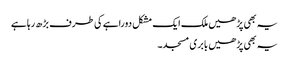
یہ بھی پڑھیں ملک ایک مشکل دوراہے کی طرف بڑھ رہا ہے
یہ بھی پڑھیں بابری مسجد۔